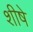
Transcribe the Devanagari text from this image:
शीषे